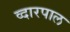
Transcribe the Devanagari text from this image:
व्दारपाल